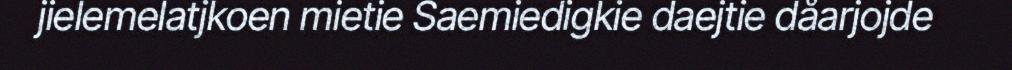
jielemelatjkoen mietie Saemiedigkie daejtie dåarjojde